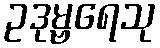
ဥဒုမ္ဗရေသု